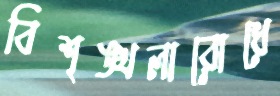
বিশৃঙ্খলারোধে